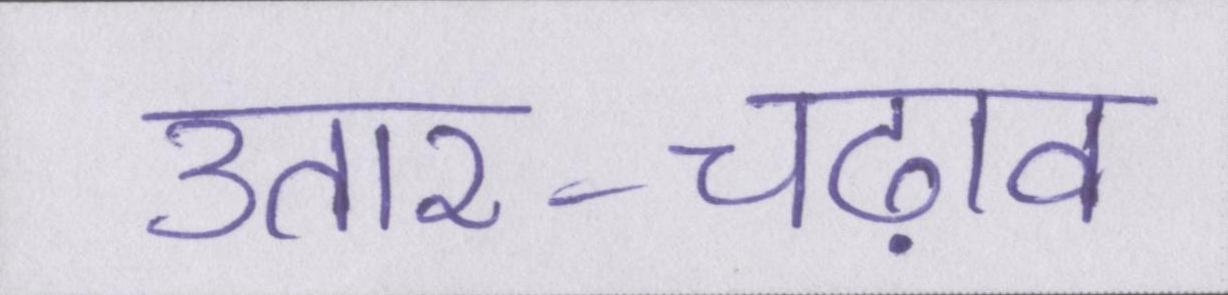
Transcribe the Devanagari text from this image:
उतार-चढ़ाव